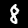
Label: 8